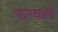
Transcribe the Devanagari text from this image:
फरवाले